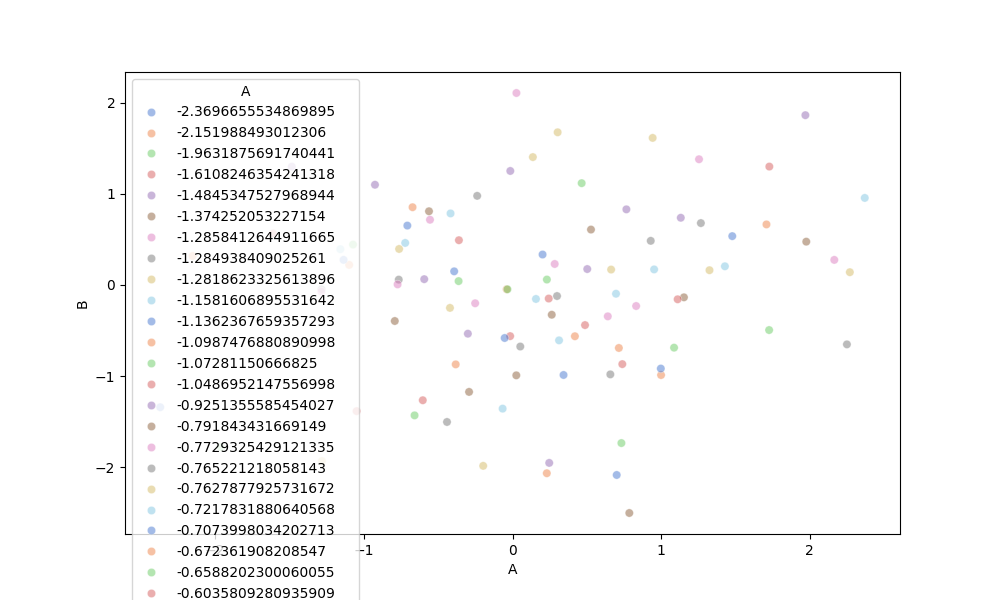
python, seaborn, scatterplot, hue='A', style='None', size='None', palette='muted', alpha=0.5